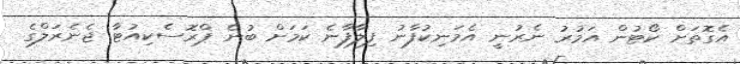
އެގޮތަށް ކޯޓުން އަމުރު ނެރުނީ އެމަނިކުފާނު ފިލާފާނެ ކަމަށް ބުނެ ޕްރޮސެކިއުޓާ ޖެނެރަލްގެ